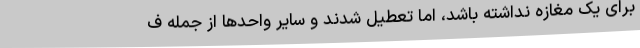
برای یک مغازه نداشته باشد، اما تعطیل شدند و سایر واحدها از جمله ف